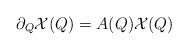
LaTeX: \begin{align*} \partial_Q \mathcal{X} (Q) = A(Q) \mathcal{X} (Q) \end{align*}